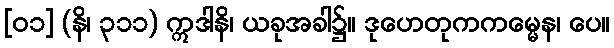
[၀၁] (နိ၊ ၃၁၁) ဣဒါနိ၊ ယခုအခါ၌။ ဒုဟေတုကကမ္မေန၊ ပေ။